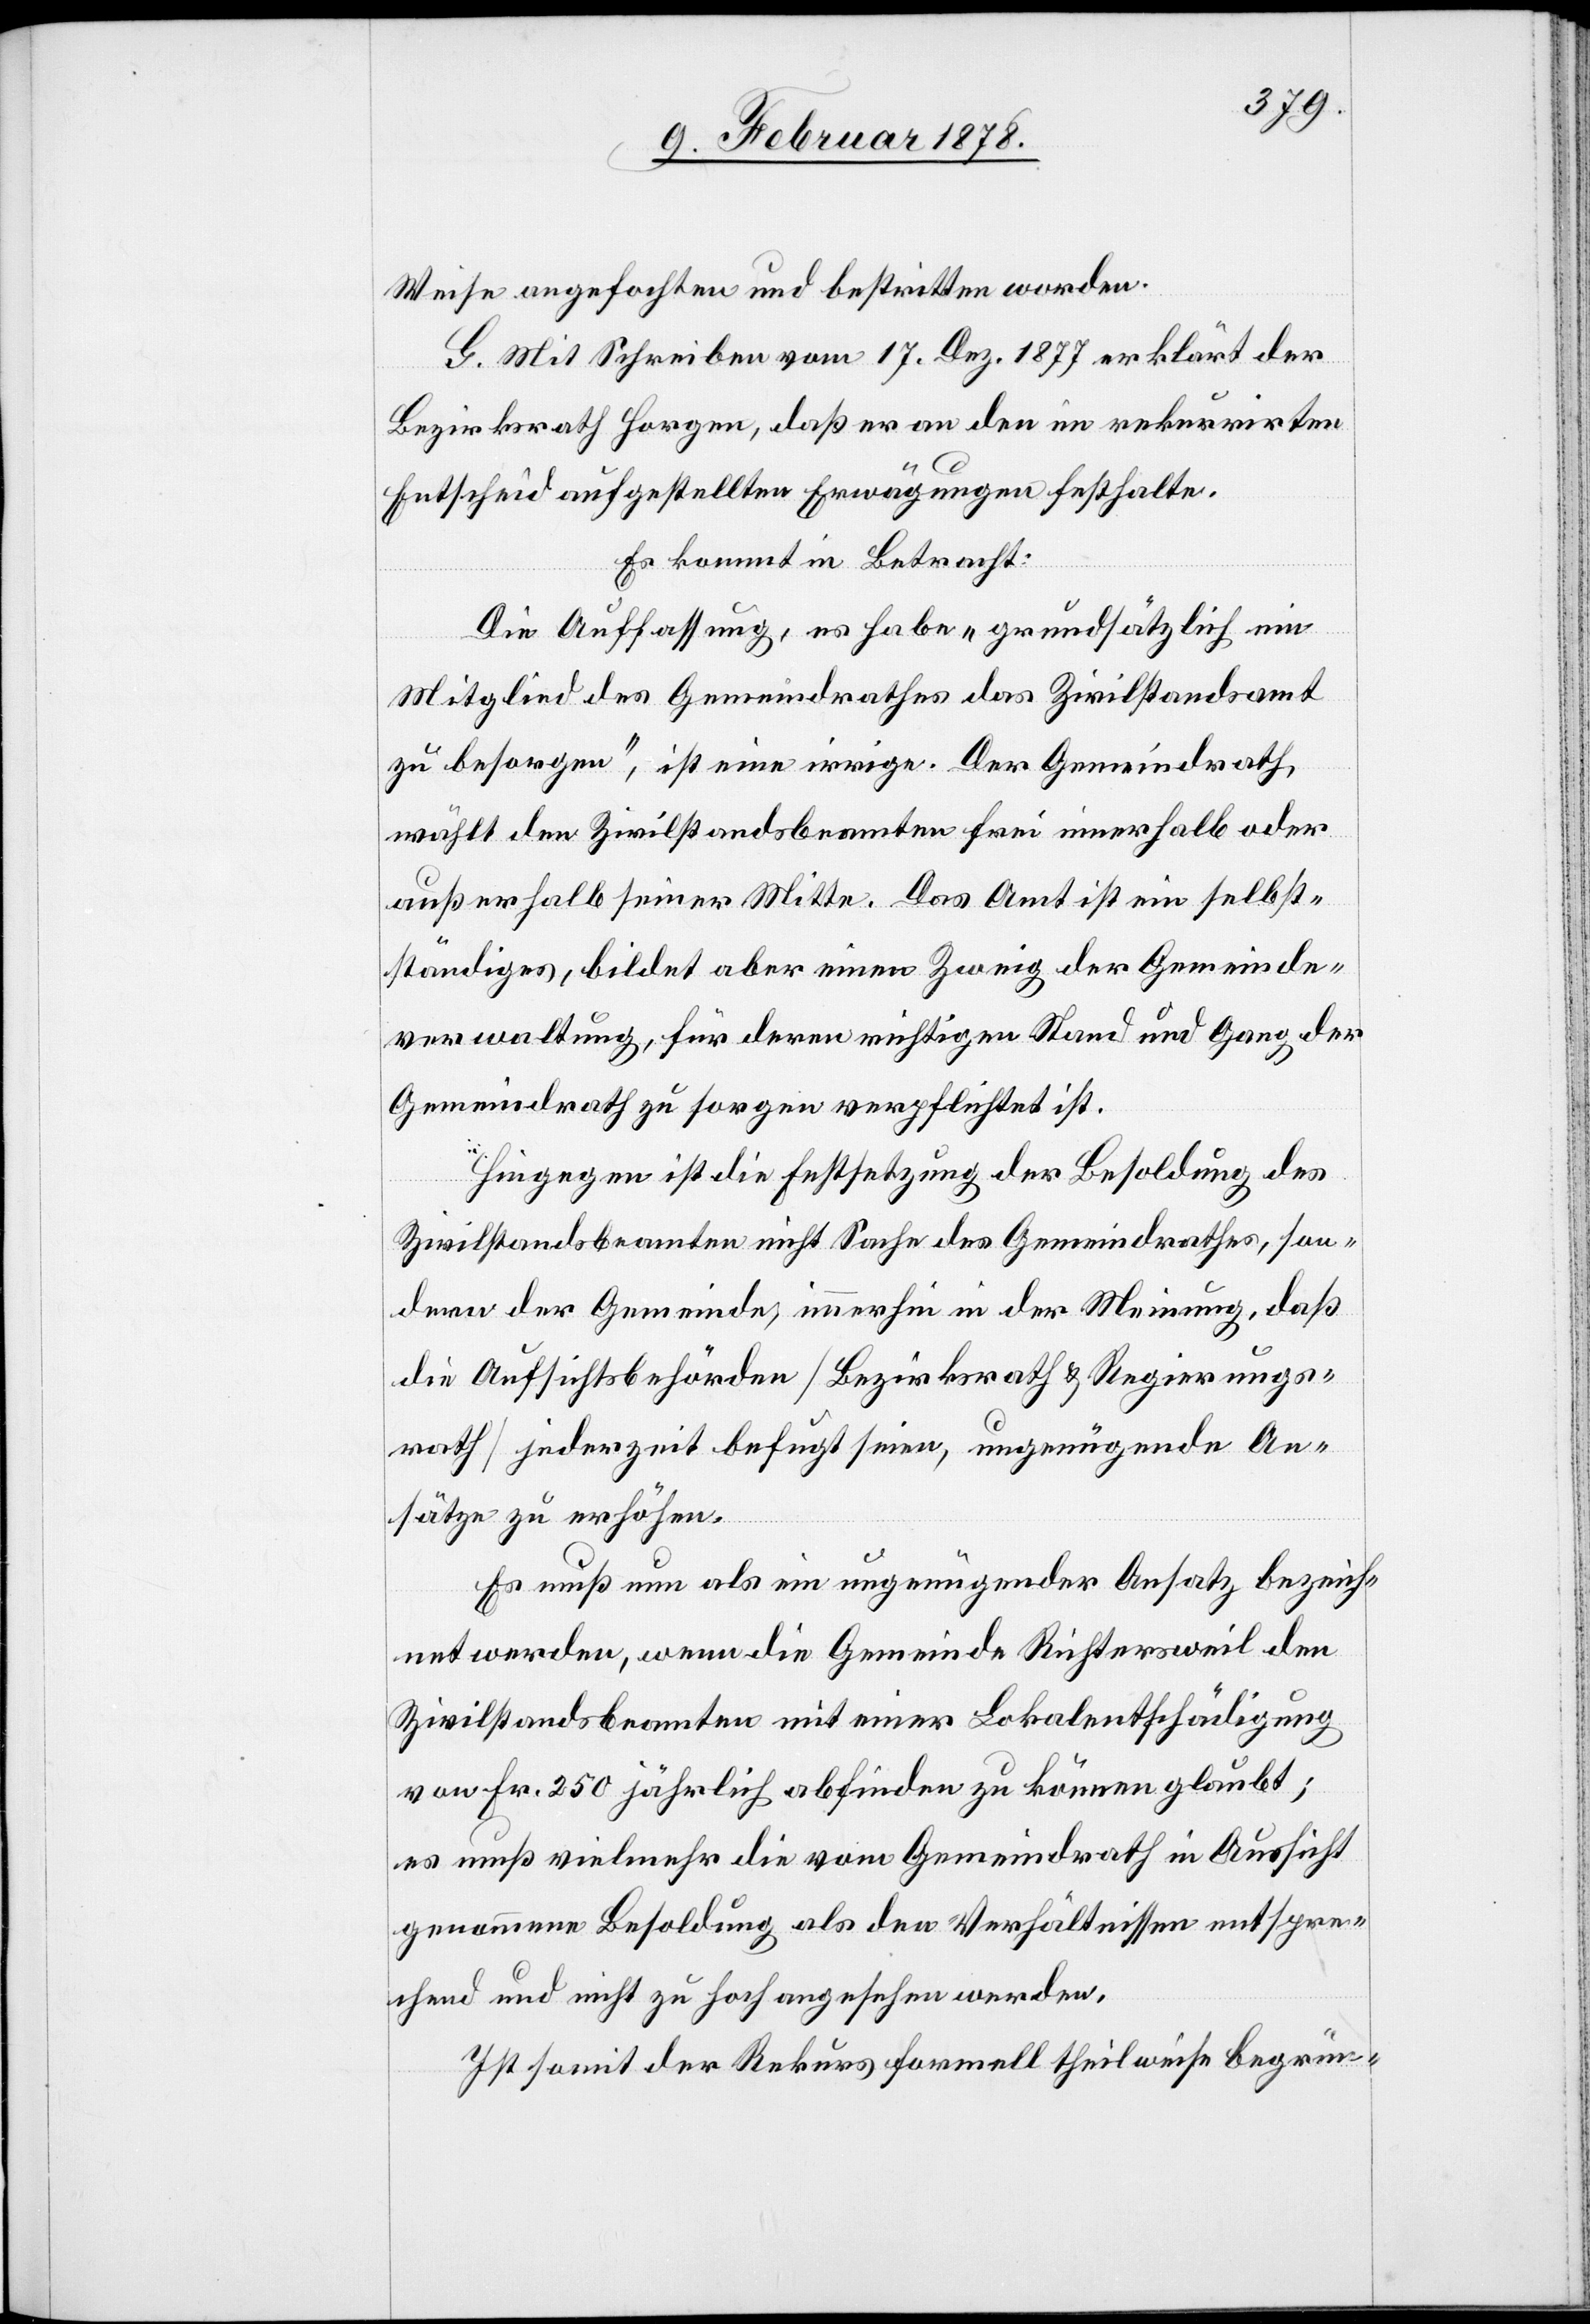
Weise angefochten und bestritten worden.
G. Mit Schreiben vom 17. Dez. 1877 erklärt der
Bezirksrath Horgen, daß er an den im rekurrirten
Entscheid aufgestellten Erwägungen festhalte.
Es kommt in Betracht:
Die Auffassung, es habe „grundsätzlich ein
Mitglied des Gemeindrathes das Zivilstandsamt
zu besorgen“, ist eine irrige. Der Gemeindrath
wählt den Zivilstandsbeamten frei innerhalb oder
außerhalb seiner Mitte. Das Amt ist ein selbst¬
ständiges, bildet aber einen Zweig der Gemeinde¬
verwaltung, für deren richtigen Stand und Gang der
Gemeindrath zu sorgen verpflichtet ist.
Hiegegen ist die Festsetzung der Besoldung des
Zivilstandsbeamten nicht Sache des Gemeindrathes, son¬
dern der Gemeinde, immerhin in der Meinung, daß
die Auffsichtsbehörde (Bezirksrath & Regierungs¬
rath) jederzeit befugt seien, ungenügende An¬
sätze zu erhöhen.
Es muß nun als ein ungenügender Ansatz bezeich¬
net werden, wenn die Gemeinde Richtersweil den
Zivilstandsbeamten mit einer Lokalentschädigung
von Fr. 250 jährlich abfinden zu können glaubt;
es muß vielmehr die vom Gemeindrath in Aussicht
genommene Besoldung als den Verhältnissen entspre¬
chend und nicht zu hoch angesehen werden.
Ist somit der Rekurs formell theilweise begrün-